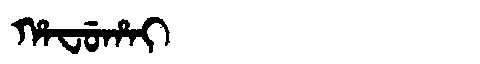
Manchu: ᡥᠠᠸᡠᡥᠠᡳ
Romanization: HAFUHAI